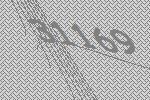
31169